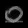
Digit: ၀